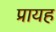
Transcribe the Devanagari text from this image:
प्रायह